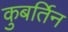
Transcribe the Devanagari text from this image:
कुबर्तिन